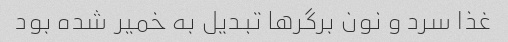
غذا سرد و نون برگرها تبدیل به خمیر شده بود